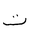
Letter: _ta